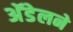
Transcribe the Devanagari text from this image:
अॅडेलने